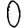
Digit: 0